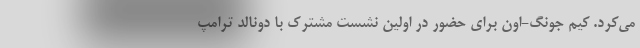
می‌کرد. کیم جونگ-اون برای حضور در اولین نشست مشترک با دونالد ترامپ